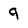
Character: 9